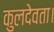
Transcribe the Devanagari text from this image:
कुलदेवता।